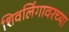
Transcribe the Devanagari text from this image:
शिवलिंगावरच्या